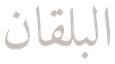
البلقان